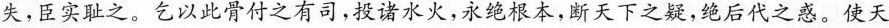
失，臣实耻之。乞以此骨付之有司，投诸水火，永绝根本，断天下之疑，绝后代之惑。使天